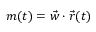
m ( t ) = \vec { w } \cdot \vec { r } ( t )